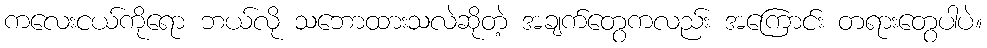
ကလေးငယ်ကိုရော ဘယ်လို သဘောထားသလဲဆိုတဲ့ အချက်တွေကလည်း အကြောင်း တရားတွေပါပဲ။